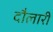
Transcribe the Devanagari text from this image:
दौलारी